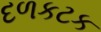
દળકટક